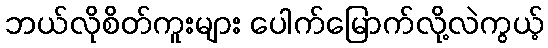
ဘယ်လိုစိတ်ကူးများ ပေါက်မြောက်လို့လဲကွယ့်